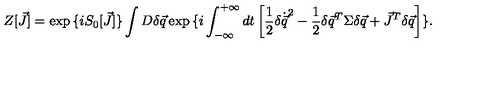
Z [ \vec { J } ] = \exp { \{ i S _ { 0 } [ \vec { J } ] \} } \int D \delta \vec { q } \exp { \{ i \int _ { - \infty } ^ { + \infty } d t \left[ \frac { 1 } { 2 } \delta \dot { \vec { q } } ^ { 2 } - \frac { 1 } { 2 } \delta \vec { q } ^ { T } \Sigma \delta \vec { q } + \vec { J } ^ { T } \delta \vec { q } \right] \} } .